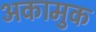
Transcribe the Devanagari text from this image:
अकामुक